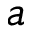
a